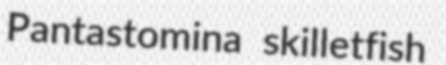
Pantastomina skilletfish